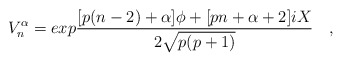
\begin{align*}V_n^\alpha = exp{{[p(n-2)+\alpha]\phi + [pn+\alpha+2]iX } \over {2\sqrt{p(p+1)}}}\quad,\end{align*}